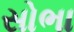
સોભા